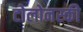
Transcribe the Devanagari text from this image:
टोलोनस्की